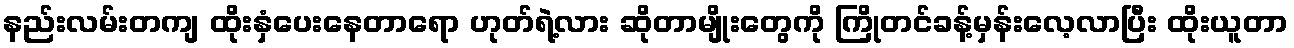
နည်းလမ်းတကျ ထိုးနှံပေးနေတာရော ဟုတ်ရဲ့လား ဆိုတာမျိုးတွေကို ကြိုတင်ခန့်မှန်းလေ့လာပြီး ထိုးယူတာ